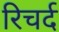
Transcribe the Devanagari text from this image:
रिचर्द